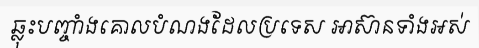
ឆ្លុះបញ្ចាំងគោលបំណងដែលប្រទេស អាស៊ានទាំងអស់